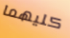
كليهما